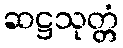
ဆဋ္ဌသုတ္တံ